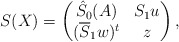
\begin{align*} S (X) = \begin{pmatrix} \hat{S}_{0}(A) & S_{1} u \\ (\overline{S}_{1} w)^{t} & z \end{pmatrix},\end{align*}